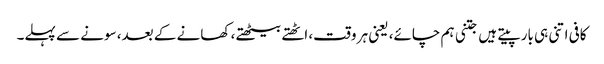
کافی اتنی ہی بار پیتے ہیں جتنی ہم چائے، یعنی ہر وقت، اٹھتے بیٹھتے، کھانے کے بعد، سونے سے پہلے۔